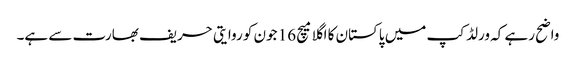
واضح رہے کہ ورلڈ کپ میں پاکستان کا اگلا میچ 16 جون کو روایتی حریف بھارت سے ہے۔